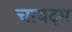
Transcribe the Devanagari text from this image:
चायदम